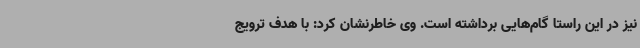
نیز در این راستا گام‌هایی برداشته است. وی خاطرنشان کرد: با هدف ترویج